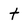
Character: t